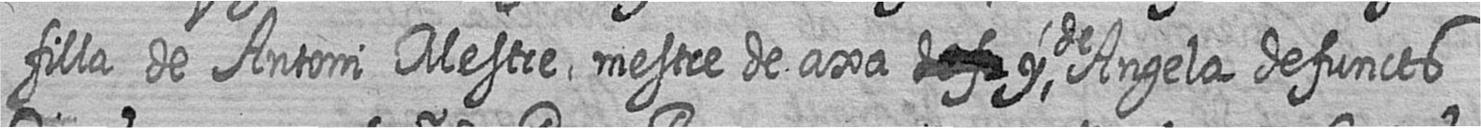
filla de Antoni Mestre mestre de axa # y de Angela defuncts